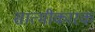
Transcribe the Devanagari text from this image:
सात्मीकारक